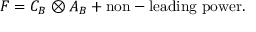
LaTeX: F = C _ { B } \otimes A _ { B } + \mathrm { n o n - l e a d i n g ~ p o w e r } .